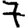
Digit: 7